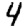
Digit: 4